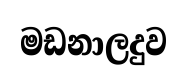
මඩනාලදුව